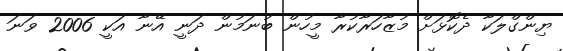
ޔިންގްލަކާ ދެކޮޅަށް މުޒާހަރާކުރާ މީހުން ބުނަމުން ދަނީ އޭނާ އަކީ 2006 ވަނަ